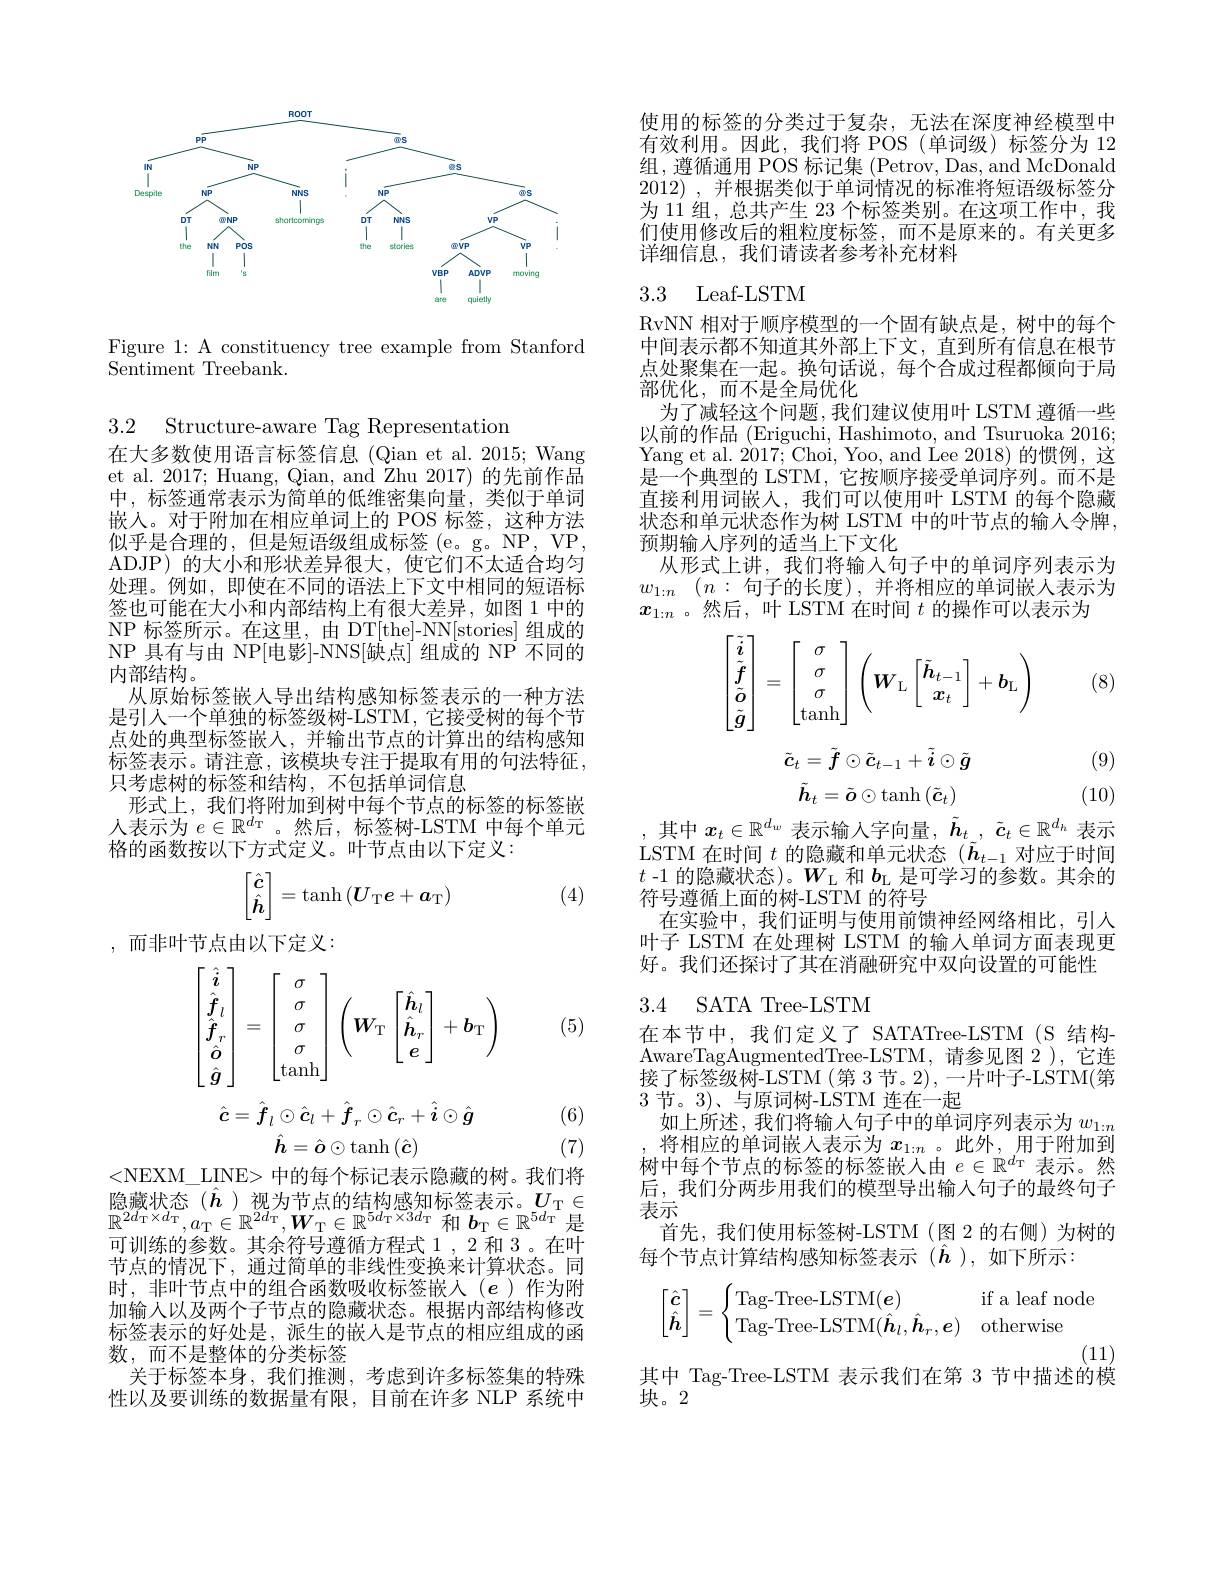
<FigureHere>

Figure 1: A constituency tree example from Stanford
Sentiment Treebank.

3.2 Structure-aware Tag Representatiom
在大多数使用语言标签信息(Qian et al. 2015; Wang et al. 2017; Huang, Qian, and Zhu 2017) 的先前作品中，标签通常表示为简单的低维密集向量，类似于单词嵌入。对于附加在相应单词上的 POS 标签，这种方法似乎是合理的，但是短语级组成标签(e。g。NP,VP, ADJP)的大小和形状差异很大，使它们不太适合均匀处理。例如，即使在不同的语法上下文中相同的短语标签也可能在大小和内部结构上有很大差异，如图 1 中的NP 标签所示。在这里，由 DT[the]-NN[stories] 组成的NP 具有与由 NP[电影]-NNS[缺点] 组成的 NP 不同的内部结构。
从原始标签嵌人导出结构感知标签表示的一种方法是引人一个单独的标签级树-LSTM,它接受树的每个节点处的典型标签嵌入，并输出节点的计算出的结构感知标签表示。请注意，该模块专注于提取有用的句法特征， 只考虑树的标签和结构，不包括单词信息
形式上，我们将附加到树中每个节点的标签的标签嵌人表示为$e\in\mathbb{R}^d_{\mathrm{T}}$ 。然后，标签树-LSTM 中每个单元格的函数按以下方式定义。叶节点由以下定义：

(4)
$$\begin{bmatrix}\hat{\boldsymbol{c}}\\\hat{\boldsymbol{h}}\end{bmatrix}=\tanh\left(\boldsymbol{U}_\text{T}\boldsymbol{e}+\boldsymbol{a}_\text{T}\right)$$
,而非叶节点由以下定义：
$$\begin{aligned}&\begin{bmatrix}\hat{\boldsymbol{i}}\\\hat{\boldsymbol{f}}_l\\\hat{\boldsymbol{f}}_r\\\hat{\boldsymbol{g}}\end{bmatrix}=\begin{bmatrix}\sigma\\\sigma\\\sigma\\\sigma\\\tanh\end{bmatrix}\begin{pmatrix}\boldsymbol{W}_\mathrm{T}\begin{bmatrix}\hat{\boldsymbol{h}}_l\\\hat{\boldsymbol{h}}_r\\e\end{bmatrix}+\boldsymbol{b}_\mathrm{T}\end{pmatrix}\\&\hat{\boldsymbol{c}}=\hat{\boldsymbol{f}}_{l}\odot\hat{\boldsymbol{c}}_{l}+\hat{\boldsymbol{f}}_{r}\odot\hat{\boldsymbol{c}}_{r}+\hat{\boldsymbol{i}}\odot\hat{\boldsymbol{g}}\\&\hat{\boldsymbol{h}}=\hat{\boldsymbol{o}}\odot\mathrm{tanh}\left(\hat{\boldsymbol{c}}\right)\\&\text{4 I INE> 中的包含扫击三隐藏的批}\end{aligned}$$
(5)

(6)

(7)

<NEXM\_LINE> 中的每个标记表示隐藏的树。我们将$\begin{array}{l}\text{隐藏状态(\hat{\boldsymbol{h}})视为节点的结构感知标签表示。}U_{\mathrm{T}}\in\\\mathbb{R}^{2d_{\mathrm{T}}\times d_{\mathrm{T}}},a_{\mathrm{T}}\in\mathbb{R}^{2d_{\mathrm{T}}},W_{\mathrm{T}}\in\mathbb{R}^{5d_{\mathrm{T}}\times3d_{\mathrm{T}}}\text{ 和 }b_{\mathrm{T}}\in\mathbb{R}^{5d_{\mathrm{T}}}\text{ 是}\\\hline\end{array}$ 可训练的参数。其余符号遵循方程式 1 , 2 和 3 。在叶节点的情况下，通过简单的非线性变换来计算状态。同时，非叶节点中的组合函数吸收标签嵌入($e$)作为附加输入以及两个子节点的隐藏状态。根据内部结构修改标签表示的好处是，派生的嵌入是节点的相应组成的函数，而不是整体的分类标签
关于标签本身，我们推测，考虑到许多标签集的特殊性以及要训练的数据量有限，目前在许多 NLP 系统中

使用的标签的分类过于复杂，无法在深度神经模型中有效利用。因此，我们将 POS(单词级)标签分为 12组，遵循通用 POS 标记集 (Petrov, Das, and McDonald 2012) , 并根据类似于单词情况的标准将短语级标签分为 11 组，总共产生 23 个标签类别。在这项工作中，我们使用修改后的粗粒度标签，而不是原来的。有关更多详细信息，我们请读者参考补充材料

## 3.3 Leaf-LSTM

RvNN 相对于顺序模型的一个固有缺点是，树中的每个中间表示都不知道其外部上下文，直到所有信息在根节点处聚集在一起。换句话说，每个合成过程都倾向于局部优化，而不是全局优化
为了减轻这个问题，我们建议使用叶 LSTM 遵循一些以前的作品 (Eriguchi, Hashimoto, and Tsuruoka 2016; Yang et al. 2017; Choi, Yoo, and Lee 2018) 的惯例，这是一个典型的 LSTM, 它按顺序接受单词序列。而不是直接利用词嵌入，我们可以使用叶 LSTM 的每个隐藏状态和单元状态作为树 LSTM 中的叶节点的输人令牌， 预期输人序列的适当上下文化
从形式上讲，我们将输入句子中的单词序列表示为$\begin{array}{l}w_{1:n}&(n:\text{句子的长度),并将相应的单词嵌入表示为}\\x_{1:n}&\text{。然后，叶 LSTM 在时间 }t\text{ 的操作可以表示为}\end{array}$

(8)
$$\begin{bmatrix}\tilde{\boldsymbol{i}}\\\tilde{\boldsymbol{f}}\\\tilde{\boldsymbol{o}}\\\tilde{\boldsymbol{g}}\end{bmatrix}=\begin{bmatrix}\sigma\\\sigma\\\sigma\\\tanh\end{bmatrix}\begin{pmatrix}\boldsymbol{W}_\mathrm{L}\begin{bmatrix}\tilde{\boldsymbol{h}}_{t-1}\\\boldsymbol{x}_t\end{bmatrix}+\boldsymbol{b}_\mathrm{L}\end{pmatrix}$$
$$\tilde{c}_t=\tilde{f}\odot\tilde{c}_{t-1}+\tilde{i}\odot\tilde{g}$$
$$\tilde{h}_t=\tilde{\boldsymbol{o}}\odot\tanh\left(\tilde{\boldsymbol{c}}_t\right)$$
(9)

(10)

,其中$x_t\in\mathbb{R}^d_w$表示输入字向量$,\tilde{h}_t,\tilde{c}_t\in\mathbb{R}^{d_h}$表示LSTM 在时间$t$的隐藏和单元状态($\tilde{\boldsymbol{h}}_t-1$对应于时间$t$ -1 的隐藏状态)。$W_\mathrm{L}$和$b_\mathrm{L}$是可学习的参数。其余的符号遵循上面的树-LSTM 的符号
在实验中，我们证明与使用前馈神经网络相比，引入叶子 LSTM 在处理树 LSTM 的输入单词方面表现更好。我们还探讨了其在消融研究中双向设置的可能性

3.4 SATA Tree-LSTM

在本节中，我们定义了 SATATree-LSTM(S 结构AwareTagAugmentedTree- LSTM, 请参见图 2),它连接了标签级树-LSTM (第 3 节。2),一片叶子-LSTM(第3节。3)、与原词树-LSTM 连在一起
如上所述，我们将输入句子中的单词序列表示为$w_{1:n}$ 将相应的单词嵌人表示为$x_{1:n}$ 。此外，用于附加到
树中每个节点的标签的标签嵌人由$e\in\mathbb{R}^d$T 表示。然后，我们分两步用我们的模型导出输入句子的最终句子表示
首先，我们使用标签树-LSTM(图2的右侧)为树的
每个节点计算结构感知标签表示($\hat{\boldsymbol{h}}$),如下所示：
$$\begin{bmatrix}\hat{\boldsymbol{c}}\\\hat{\boldsymbol{h}}\end{bmatrix}=\begin{cases}\text{Tag-Tree-LSTM}(\boldsymbol{e})&\text{if a leaf node}\\\text{Tag-Tree-LSTM}(\hat{\boldsymbol{h}}_l,\hat{\boldsymbol{h}}_r,\boldsymbol{e})&\text{otherwise}\end{cases}$$
(11)
其中 Tag-Tree-LSTM 表示我们在第 3 节中描述的模

块。2